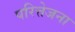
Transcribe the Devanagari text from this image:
परित्तेजना